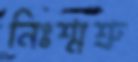
নিঃশ্মশ্রু